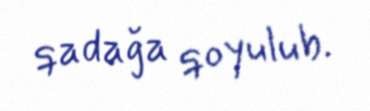
qadağa qoyulub.